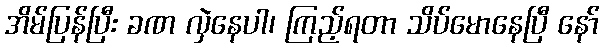
အိမ်ပြန်ပြီး ခဏ လှဲနေပါ၊ ကြည့်ရတာ သိပ်မောနေပြီ နော်